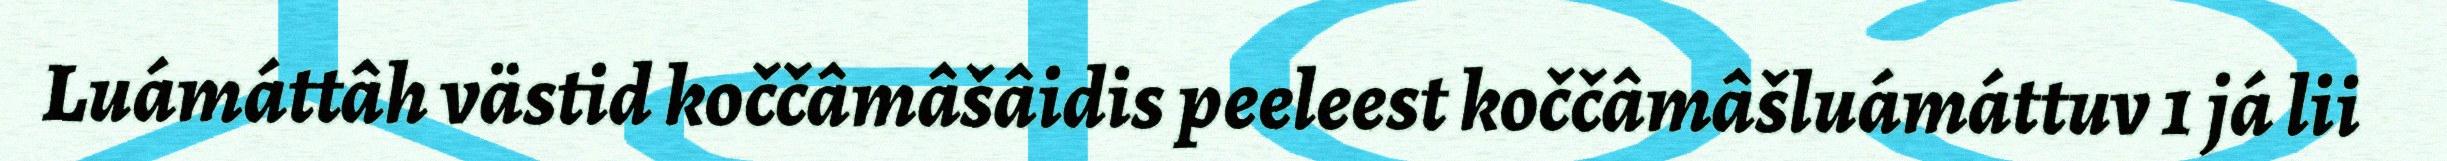
Luámáttâh västid koččâmâšâidis peeleest koččâmâšluámáttuv 1 já lii